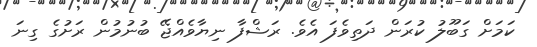
ކަމަށް ގަބޫލު ކުރަން ދަތިވެފަ އެވެ. ރަޝްފާ ނިޔާވެއްޖޭ ބުނުމުން ރަށުގެ ގިނަ